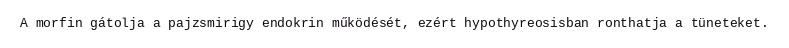
A morfin gátolja a pajzsmirigy endokrin működését, ezért hypothyreosisban ronthatja a tüneteket.